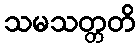
သမသတ္တတိ